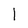
Character: l